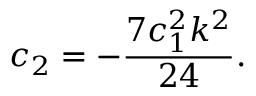
c _ { 2 } = - \frac { 7 c _ { 1 } ^ { 2 } k ^ { 2 } } { 2 4 } .